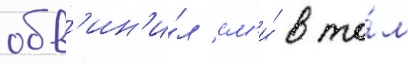
обв'ин'и́л см'и́ в то́м